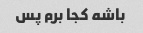
باشه کجا برم پس